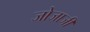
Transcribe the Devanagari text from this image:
जोजाजी